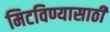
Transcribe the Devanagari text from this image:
मिटविण्यासाठी